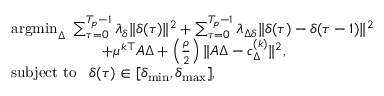
\begin{array} { r l } & { \operatorname { a r g m i n } _ { \boldsymbol { \Delta } } \ \sum _ { \tau = 0 } ^ { T _ { p } - 1 } \lambda _ { \delta } \| \delta ( \tau ) \| ^ { 2 } + \sum _ { \tau = 0 } ^ { T _ { p } - 1 } \lambda _ { \Delta \delta } \| \delta ( \tau ) - \delta ( \tau - 1 ) \| ^ { 2 } } \\ & { \quad \quad \quad \quad \quad \quad + \mu ^ { k \top } A \boldsymbol { \Delta } + \left( \frac { \rho } { 2 } \right) \| A \boldsymbol { \Delta } - c _ { \boldsymbol { \Delta } } ^ { ( k ) } \| ^ { 2 } , } \\ & { \mathrm { s u b j e c t ~ t o } \; \; \; \delta ( \tau ) \in [ \delta _ { \operatorname* { m i n } } , \delta _ { \operatorname* { m a x } } ] , } \end{array}